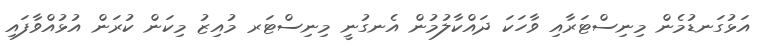
އަޅުގަނޑުމެން މިނިސްޓަރާއި ވާހަކަ ދައްކާލުމުން އެނގުނީ މިނިސްޓަރ މުއިޒު މިކަން ކުރަން އުޅުއްވާފައި